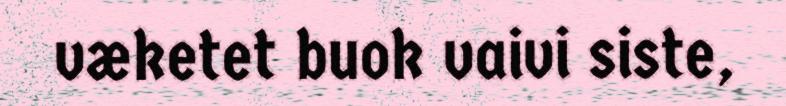
væketet buok vaivi siste,